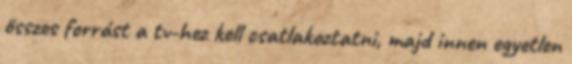
összes forrást a tv-hez kell csatlakoztatni, majd innen egyetlen